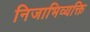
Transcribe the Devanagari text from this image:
निजाभिव्यक्ति